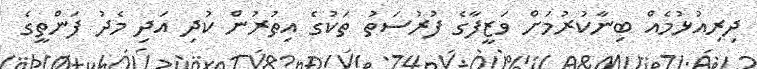
ދިރިއުޅުމެއް ބިނާކުރުމަށް ވަޒީފާގެ ފުރުސަތު ތަކުގެ އިތުރުން ކުދި އަދި މެދު ފަންތީގެ